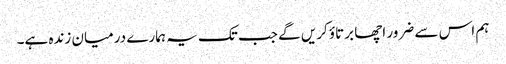
ہم اس سے ضرور اچھا برتاؤ کریں گے جب تک یہ ہمارے درمیان زندہ ہے۔